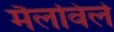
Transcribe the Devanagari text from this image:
मैलविले